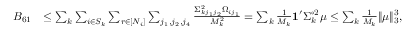
\begin{array} { r l } { B _ { 6 1 } } & { \leq \sum _ { k } \sum _ { i \in S _ { k } } \sum _ { r \in [ N _ { i } ] } \sum _ { j _ { 1 } , j _ { 2 } , j _ { 4 } } \frac { \Sigma _ { k j _ { 1 } j _ { 2 } } ^ { 2 } \Omega _ { i j _ { 1 } } } { M _ { k } ^ { 2 } } = \sum _ { k } \frac { 1 } { M _ { k } } \mathbf { 1 } ^ { \prime } \Sigma _ { k } ^ { \circ 2 } \mu \leq \sum _ { k } \frac { 1 } { M _ { k } } \| \mu \| _ { 3 } ^ { 3 } , } \end{array}